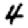
Digit: 4